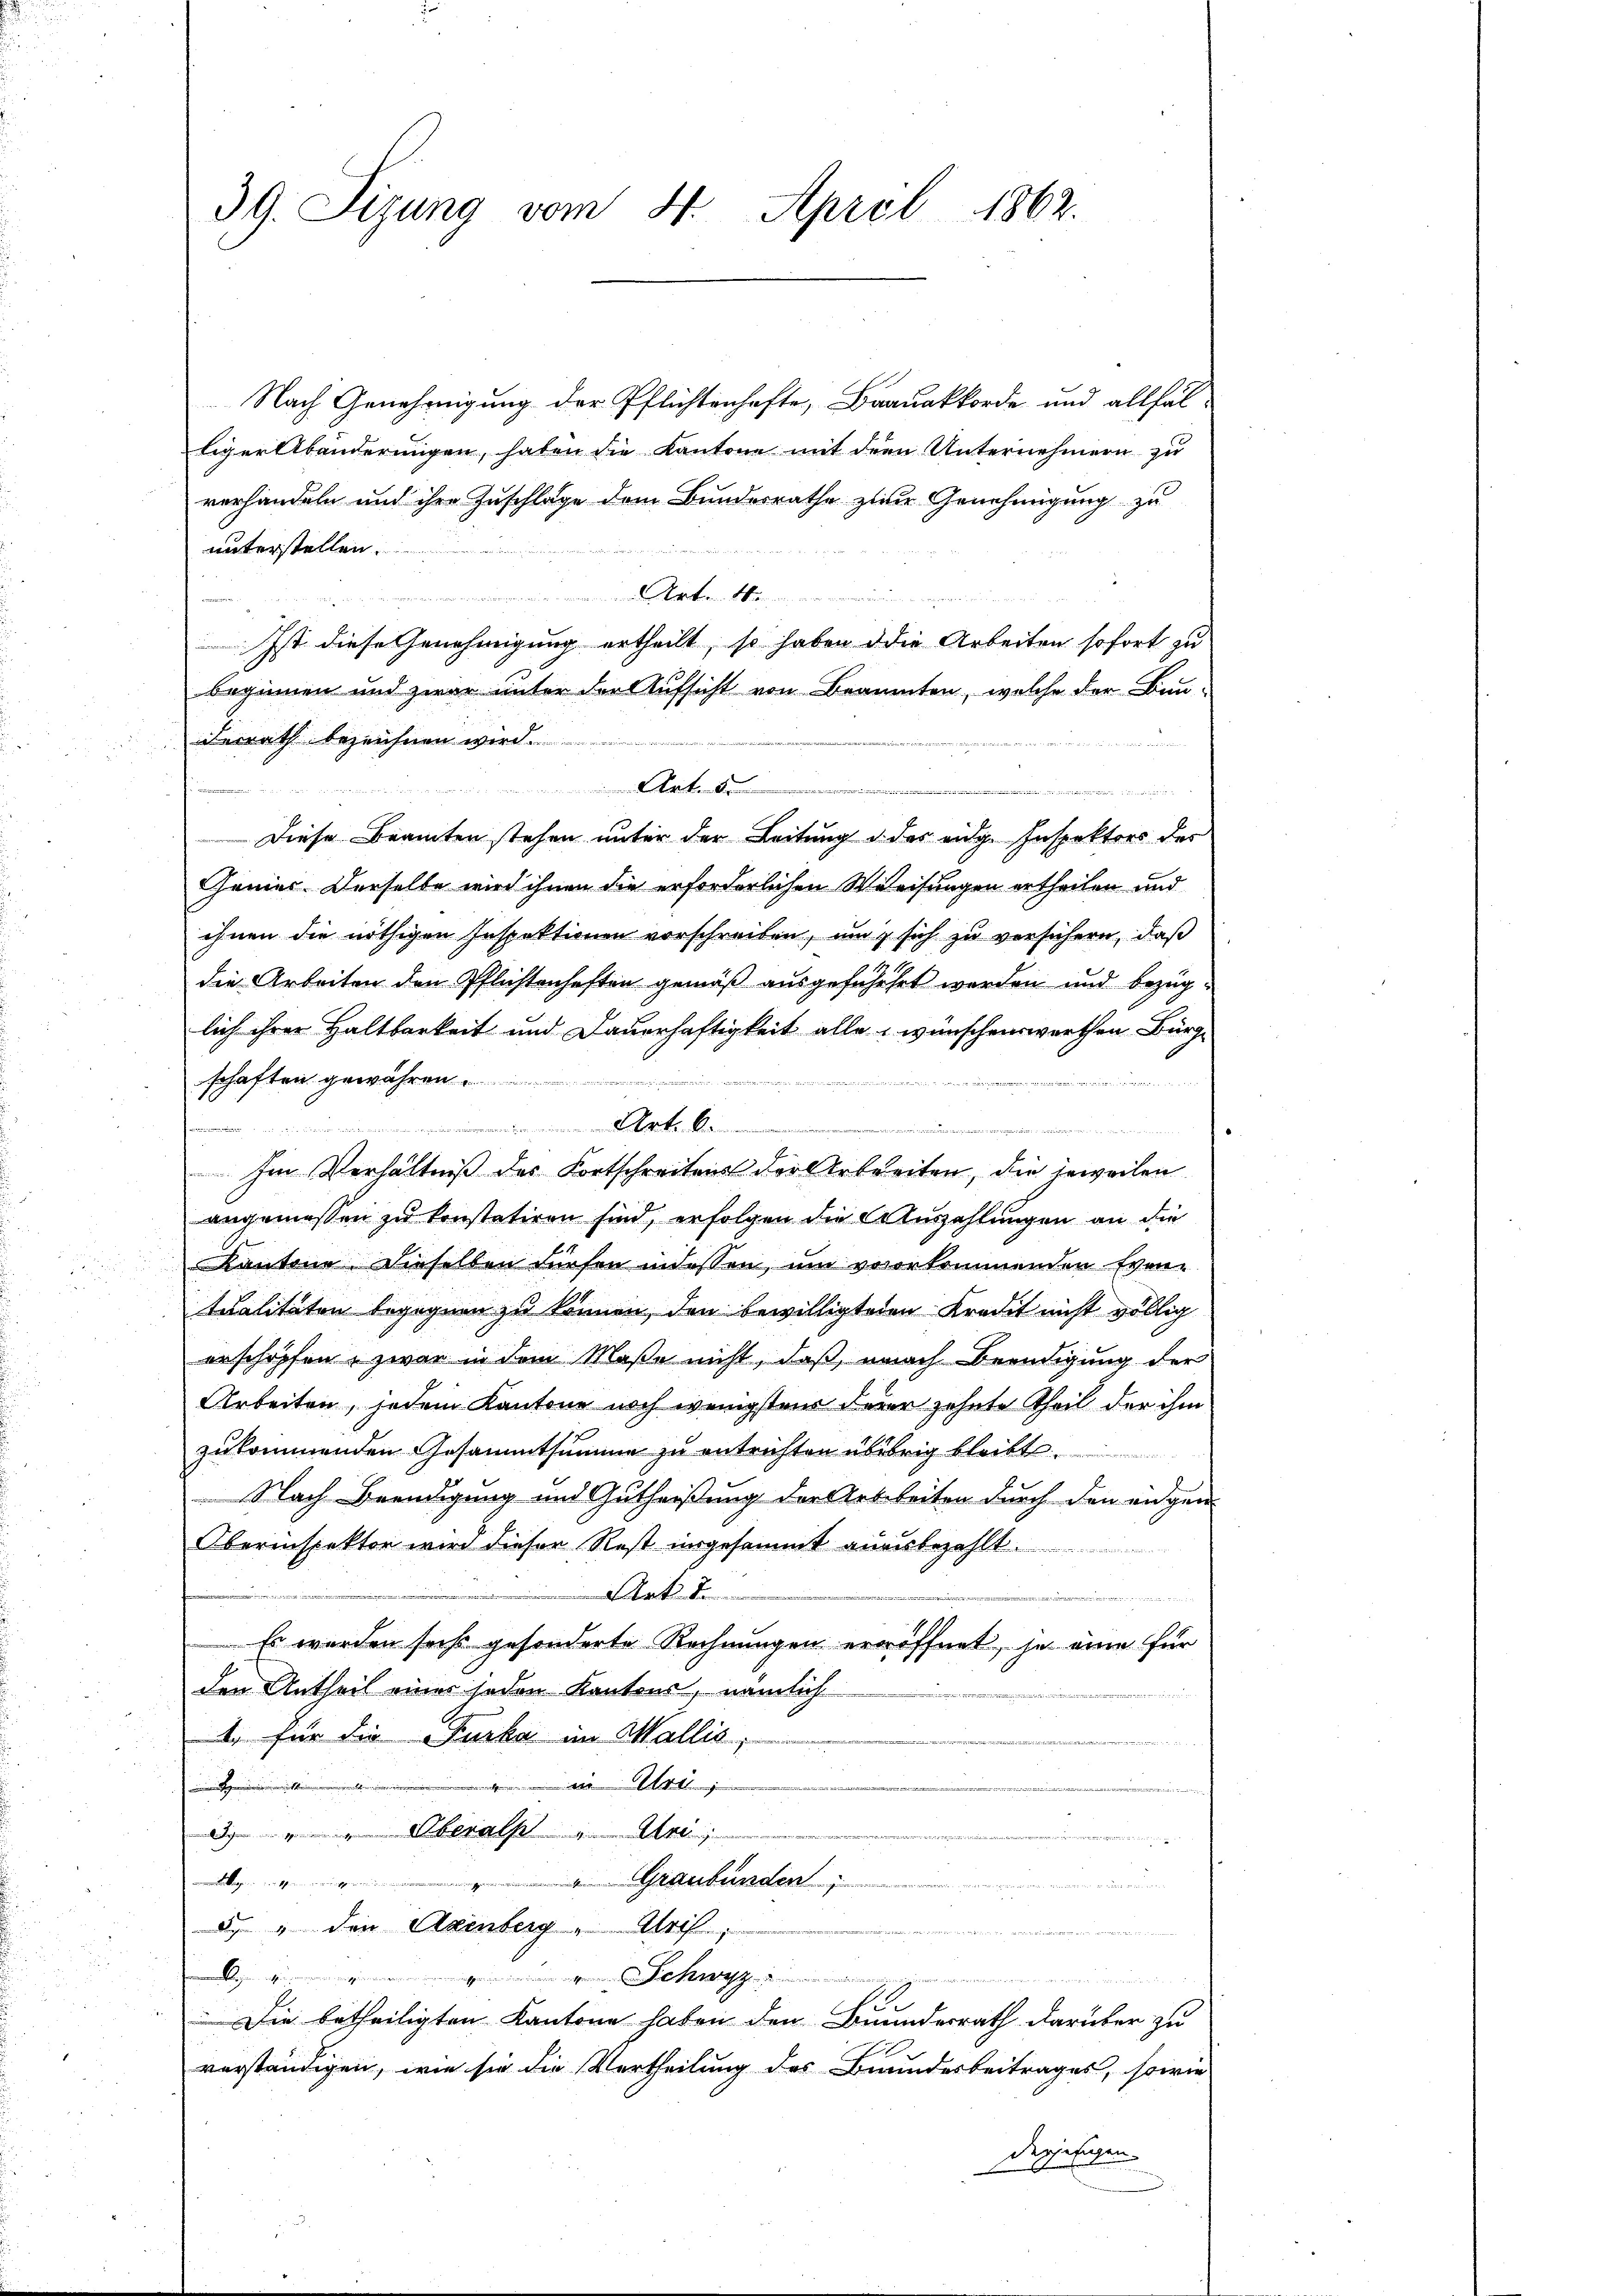
39. Sizung vom 4. April 1862.

Nach Genehmigung der Pflichtenhafte, Brauakkorde und allfäl-
liger Abänderungen, haben die Kantone mit der Unternehmern zu
verhandeln und ihre Zuschlage dem Bundesrathe zum Genehmigung zu
unterstellen.
Art de

Ist diese Genehmigung ertheilt, so haben die Arbeiten sofort zu
beginnen und zwar unter der Aufsicht von Braumten, welche der Bunderrath bezeichnen wird.
.
Diese Beamten stehen unter der Leitung d. des eidg. Inspektors des
Genies. Derselbe wird ihnen die erforderlichen Weisungen ertheilen und
ihnen die nöthigen Inspektionen vorschreiben, um sich zu versichern, daß
die Arbeiten den Pflichtenhaften gemäß ausgeführet worden und bezüglich ihrer Haltbarkeit und Dauerhaftigkeit alle wünschenswerthen Bürge
schaften gewähren
e
und
 . . . . .
 Im Verhältniß des Fortschreitens der Arbeiten, die jeweilen
angemessen zu konstatiren sind, erfolgen die Auszahlungen an die
Kantone. Dieselben dürfen indessen, um vororkommenden Eventualitäten begegnen zu können, den bewilligteten Kredit nicht völlig
erschöpfen, zwar in dem Maße nicht, daß, nach Beendigung der
Arbeiten, jedem Kantone noch wenigstens derer zehnte Theil der ihm
zukommenden Gesammtsumme zu entrichten übübrig bleibt.
 Nach Beendigung und Gutheißung der Arbeiten durch den eidgen
Oberinspektor wird dieser Rest insgesammt anzubezahlt.
2
Art.
18
Es werden sechs gesonderte Rechnungen eröffnet, je eine für
den Antheil einer jeden Kantons, nämlich
1. für die Furka im Wallis,
1
.
 Überalp  Uri,
1 Graubünden

de  den Axinberg, Uri
e
derer B. der 1812
.........................................
Die betheiligten Kantone haben den Bundesrath darüber zu
verständigen, wie sie die Vertheilung des Brundesbeitrages, sowie
desjefagen.

.........................................................................